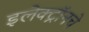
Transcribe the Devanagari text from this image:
इलेक्ट्रॉनचे